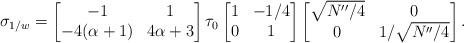
LaTeX: \begin{align*}\sigma_{1/w}=\begin{bmatrix}-1 & 1 \\ -4(\alpha+1) & 4\alpha+3 \end{bmatrix} \tau_0 \begin{bmatrix} 1 & -1/4 \\ 0 & 1 \end{bmatrix} \begin{bmatrix} \sqrt{N^{\prime\prime}/4} & 0 \\ 0 & 1/\sqrt{N^{\prime\prime}/4} \end{bmatrix}.\end{align*}